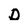
Character: D